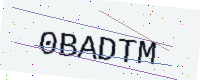
Text: 0BADTM